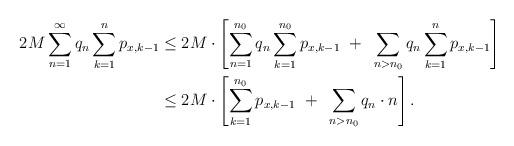
LaTeX: \begin{align*}2M \sum_{n=1}^{\infty} q_n \sum_{k=1}^n p_{x,k-1}& \leq 2M \cdot \left[ \sum_{n=1}^{n_0} q_n \sum_{k=1}^{n_0} p_{x,k-1} ~+~ \sum_{n > n_0} q_n \sum_{k=1}^n p_{x,k-1} \right] \\& \leq 2M \cdot \left[ \sum_{k=1}^{n_0} p_{x,k-1} ~+~ \sum_{n > n_0} q_n \cdot n\right].\end{align*}